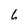
Character: 6